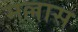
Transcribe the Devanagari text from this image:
मल्लास